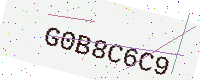
Text: G0B8C6C9